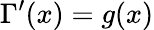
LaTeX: \Gamma^{\prime}(x)=g(x)